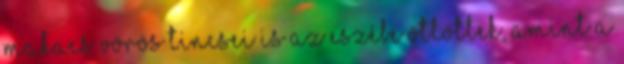
makacs vörös tincsei is az eszébe ötlöttek, amint a